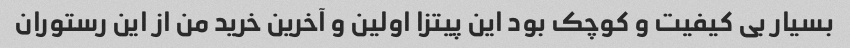
بسیار بی کیفیت و کوچک بود این پیتزا اولین و آخرین خرید من از این رستوران